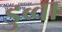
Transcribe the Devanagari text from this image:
डुब्वा